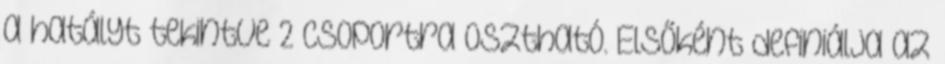
a hatályt tekintve 2 csoportra osztható. Elsőként definiálja az